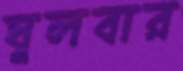
ঘুলবার